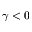
\gamma < 0